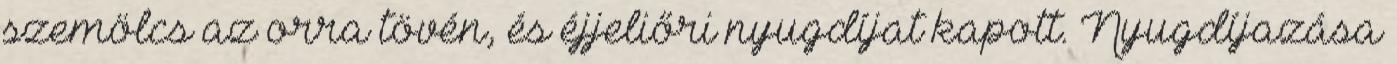
szemölcs az orra tövén, és éjjeliőri nyugdíjat kapott. Nyugdíjazása